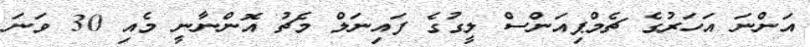
އަންނަ އަހަރުގެ ޗެމްޕިއަންސް ލީގުގެ ފައިނަލް މެޗު އޮންނާނީ މެއި 30 ވަނަ